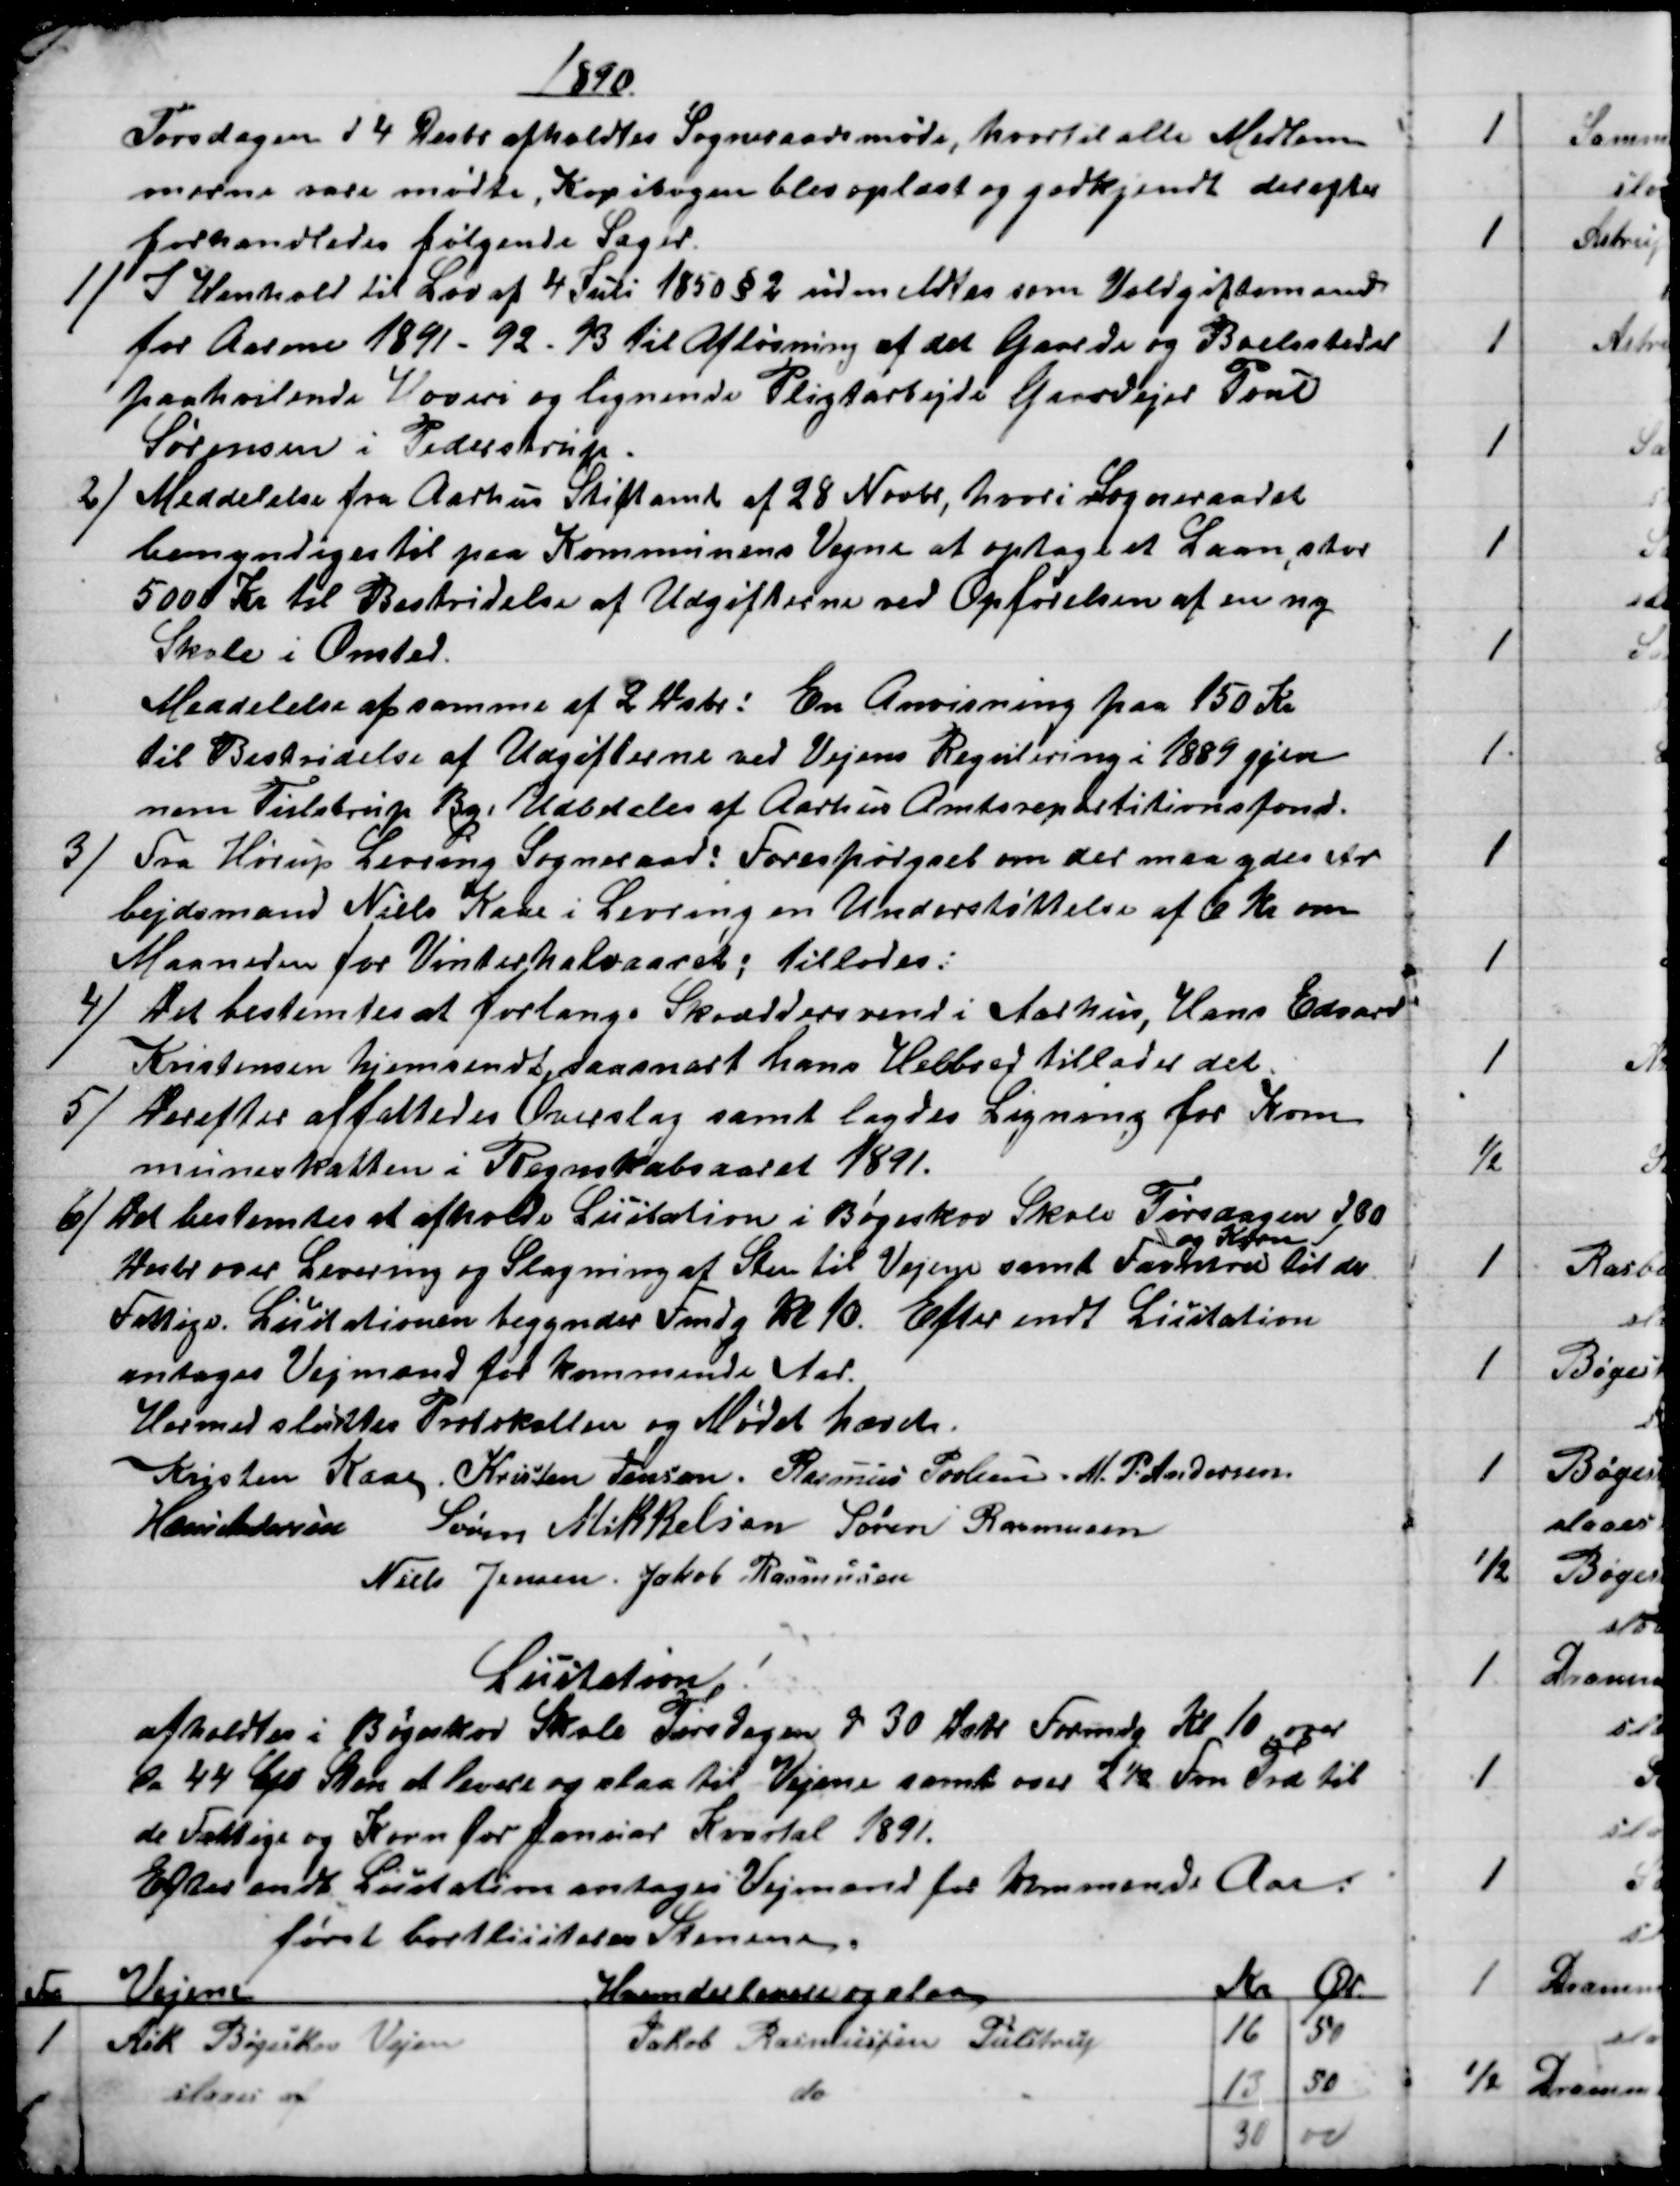
Transskription:
1890
Torsdagen d 4 Desbr afholdtes Sogneraadsmøde, hvortil alle Medlem
merne vare mødte, Kopibogen blev oplæst og godkjendt derefter
forhandledes følgende Sager.
1)
I Henhold til Lov af 4 Juli 1850 § 2 udmeldtes som Voldgiftsmand
for Aarene 1891 - 92 - 93 til Afløsning af det Gaarde og Boelssteder
paahvilende Hoveri og lignende Pligtarbejde Gaardejer Poul
Sørensen i Pederstrup.
2) 
 Meddelelse fra Aarhus Stiftamt af 28 Novbr, hvori Sogneraadet
bemyndiges til paa Kommunens Vegne at optage et Laan, stor
5000 Kr til Bestridelse af Udgifterne ved Opførelsen af en ny
Skole i Onsted.
Meddelelse af samme af 2 Dsbr: En Anvisning paa 150 Kr
til Bestridelse af Udgifterne ved Vejens Regulering i 1889 gjen
nem Tulstrup By. Udbetales af Aarhus Amtsrepartitionsfond.
3)
Fra Hørup Levring Sogneraad: Forespørgsel om der maa ydes Ar
bejdsmand Niels Kaae i Levring en Understøttelse af 6 Kr om
Maaneden for Vinterhalvaaret; tillodes:
4) 
Det bestemtes at forlange Skræddersvend i Aarhus, Hans Edvard
Kristensen hjemsendt, saasnart hans Helbred tillader det.
5) 
 Derefter affattedes Overslag samt lagdes Ligning for Kom
muneskatten i Regnskabsaaret 1891.
6) 
Det bestemtes at afholde Licitation i Bøgeskov Skole Tirsdagen d 30
Desbr over Levering og Slagning af Sten til Vejene samt Favntræ 
og Korn
til de
Fattige. Licitationen begynder Fmdg Kl 10. Efter endt Licitation
antages Vejmænd for kommende Aar.
Hermed sluttes Protokollen og Mødet hævet.
Kristen Kaae. Kristen Jensen. Rasmus Povlsen. M. P. Andersen
Hans Andersen Søren Mikkelsen Søren Rasmussen
Niels Jensen Jakob Rasmussen
Licitation!
afholdtes i Bøgeskov Skole Tirsdagen d 30 Dsbr Formdg Kl 10, over
de 44  Sten at levere og slaa til Vejene samt over 2½ Fvn Træ til
de Fattige og Korn for Januar Kvartal 1891.
Efter endt Licitation antages Vejmænd for kommende Aar:
først bortlisiteres Stenene.
Fvn
Vejene
Hvem der leverer og slaar
Kr
Ør
1
Ask Bøgeskov Vejen
Jakob Rasmussen Tulstrup
16
50
slaaes af
do
13
50
30
00